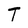
Character: T